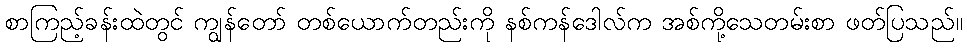
စာကြည့်ခန်းထဲတွင် ကျွန်တော် တစ်ယောက်တည်းကို နစ်ကန်ဒေါလ်က အစ်ကို့သေတမ်းစာ ဖတ်ပြသည်။